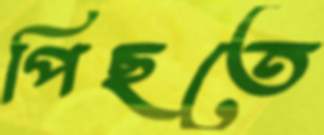
পিছতে